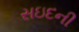
સઇદની